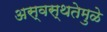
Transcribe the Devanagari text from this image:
अस्वस्थतेमुळे